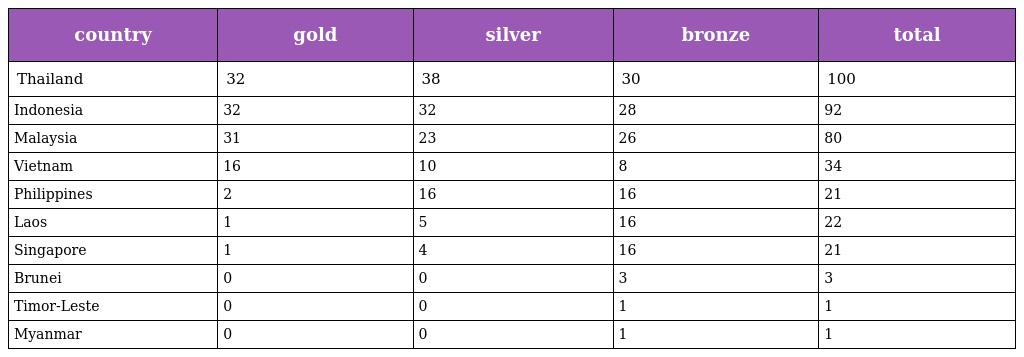
| country | gold | silver | bronze | total |
 | --- | --- | --- | --- | --- |
 | Thailand | 32 | 38 | 30 | 100 |
 | Indonesia | 32 | 32 | 28 | 92 |
 | Malaysia | 31 | 23 | 26 | 80 |
 | Vietnam | 16 | 10 | 8 | 34 |
 | Philippines | 2 | 16 | 16 | 21 |
 | Laos | 1 | 5 | 16 | 22 |
 | Singapore | 1 | 4 | 16 | 21 |
 | Brunei | 0 | 0 | 3 | 3 |
 | Timor-Leste | 0 | 0 | 1 | 1 |
 | Myanmar | 0 | 0 | 1 | 1 |